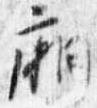
廂